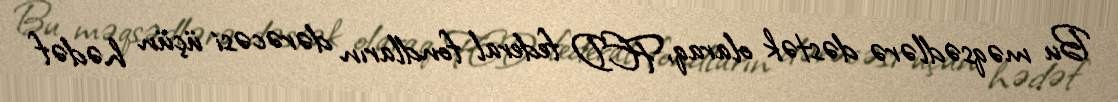
Bu məqsədlərə dəstək olaraq, FED federal fondların dərəcəsi üçün hədəf